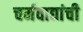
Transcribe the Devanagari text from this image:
चर्मवाद्यांची